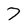
Character: 7